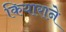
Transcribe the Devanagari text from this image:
कियाराने